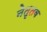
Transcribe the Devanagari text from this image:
नेतृतव